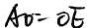
A O = O E